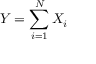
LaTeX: Y = \sum _ { i = 1 } ^ { N } X _ { i }